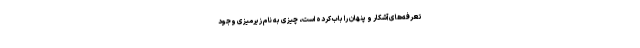
تعرفه‌های آشکار و پنهان را باب کرده است، چیزی به نام زیرمیزی وجود